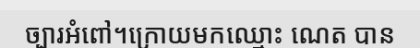
ច្បារអំពៅ។ក្រោយមកឈ្មោះ ណេត បាន